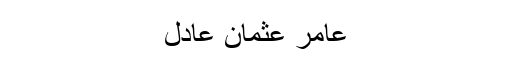
عامر عثمان عادل